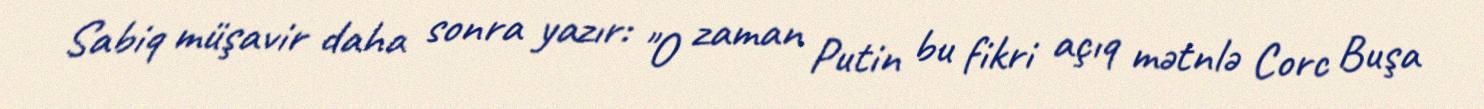
Sabiq müşavir daha sonra yazır: "O zaman Putin bu fikri açıq mətnlə Corc Buşa